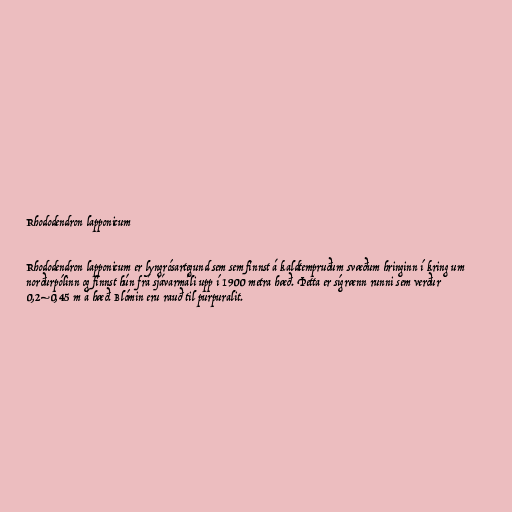
Rhododendron lapponicum

Rhododendron lapponicum er lyngrósartegund sem sem finnst á kaldtempruðum svæðum hringinn í kring um
norðurpólinn og finnst hún frá sjávarmáli upp í 1900 metra hæð. Þetta er sígrænn runni sem verður
0,2–0,45 m á hæð. Blómin eru rauð til purpuralit.